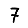
Digit: 7